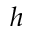
h